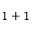
1 + 1